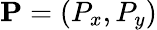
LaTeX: \mathbf{P}=(P_{x},P_{y})